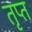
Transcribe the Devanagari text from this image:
तृप्‍त